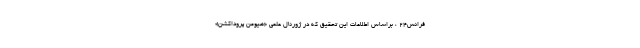
فرانس۲۴ ، براساس اطلاعات این تحقیق که در ژورنال علمی «هیومن پروداکشن»